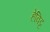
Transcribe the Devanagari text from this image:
हेविट्ट